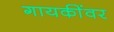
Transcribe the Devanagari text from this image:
गायकींवर